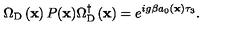
\Omega _ { \mathrm { D } } \left( { \bf x } \right) P ( { \bf x } ) \Omega _ { \mathrm { D } } ^ { \dagger } \left( { \bf x } \right) = e ^ { i g \beta a _ { 0 } \left( { \bf x } \right) \tau _ { 3 } } .